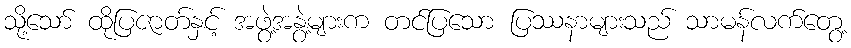
သို့သော် ထိုပြဇာတ်နှင့် အဖွဲ့အနွဲ့များက တင်ပြသော ပြဿနာများသည် သာမန်လက်တွေ့